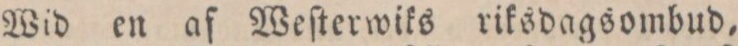
Wid en af Weſterwiks riksdagsombud,